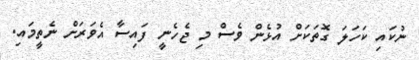
ނުކައި ކަހަލަ ގޮތަކަށް އުޅެން ވެސް މި ޖެހެނީ ފައިސާ އެވަރަށް ނެތީމައި.